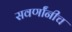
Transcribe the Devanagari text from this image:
सवर्णांनीच